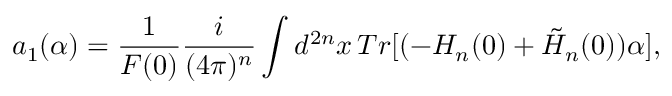
a _ { 1 } ( \alpha ) = \frac { 1 } { F ( 0 ) } \frac { i } { ( 4 \pi ) ^ { n } } \int d ^ { 2 n } x \, T r [ ( - H _ { n } ( 0 ) + \tilde { H } _ { n } ( 0 ) ) \alpha ] ,